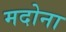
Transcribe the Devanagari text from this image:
मदोना